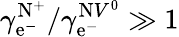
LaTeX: {\gamma_{\mathrm{e}^{-}}^{\mathrm{{N}}^{+}}}/{\gamma_{\mathrm{e}^{-}}^{\mathrm{{N}}V^{0}}}\gg1